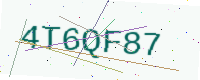
Text: 4T6QF87